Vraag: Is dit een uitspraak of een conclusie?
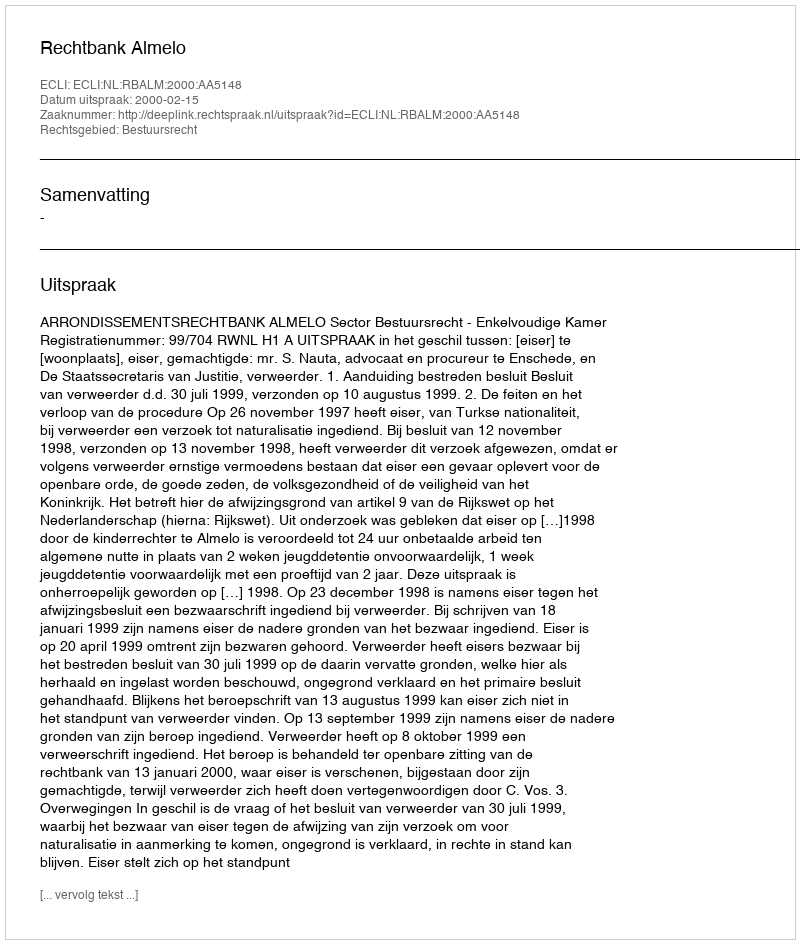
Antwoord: Uitspraak